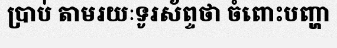
ប្រាប់ តាមរយៈទូរស័ព្ទថា ចំពោះបញ្ហា